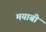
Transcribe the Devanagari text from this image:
मयाबी